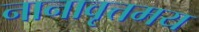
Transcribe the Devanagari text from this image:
नानावृत्तमय